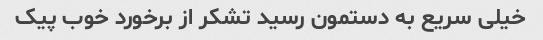
خیلی سریع به دستمون رسید تشکر از برخورد خوب پیک